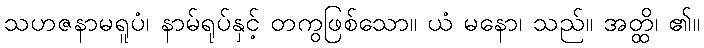
သဟဇနာမရူပံ၊ နာမ်ရုပ်နှင့် တကွဖြစ်သော။ ယံ မနော၊ သည်။ အတ္ထိ၊ ၏။